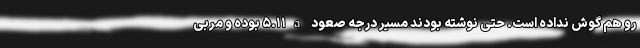
رو هم گوش نداده است. حتی نوشته بودند مسیر درجه صعود ۵.۱۱a بوده و مربی